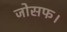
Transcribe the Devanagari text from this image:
जोसफ।